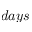
d a y s